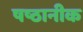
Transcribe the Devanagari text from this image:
षष्ठानीक